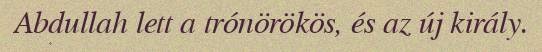
Abdullah lett a trónörökös, és az új király.